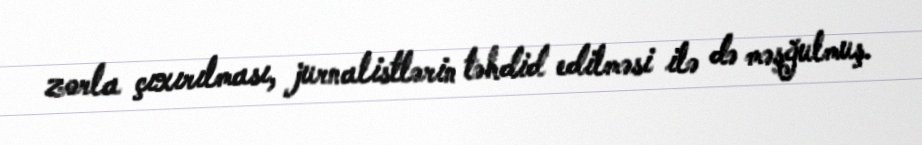
zorla çıxırılması, jurnalistlərin təhdid edilməsi ilə də məşğulmuş.